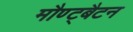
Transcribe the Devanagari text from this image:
मौण्ट्बैटन